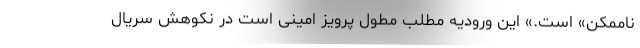
ناممکن» است.» این ورودیه مطلب مطول پرویز امینی است در نکوهش سریال